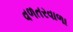
વળતરવાળા